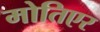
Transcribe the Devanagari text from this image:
मोतिएर